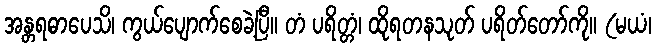
အန္တရဓာပေသိ၊ ကွယ်ပျောက်စေခဲ့ပြီ။ တံ ပရိတ္တံ၊ ထိုရတနသုတ် ပရိတ်တော်ကို။ (မယံ၊